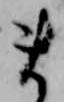
ま